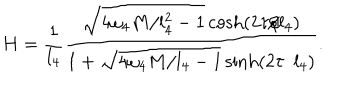
H = \frac { 1 } { l _ { 4 } } \frac { \sqrt { 4 \omega _ { 4 } M / l _ { 4 } ^ { 2 } - 1 } \cosh ( 2 \tau / l _ { 4 } ) } { 1 + \sqrt { 4 \omega _ { 4 } M / l _ { 4 } - 1 } \sinh ( 2 \tau / l _ { 4 } ) } .